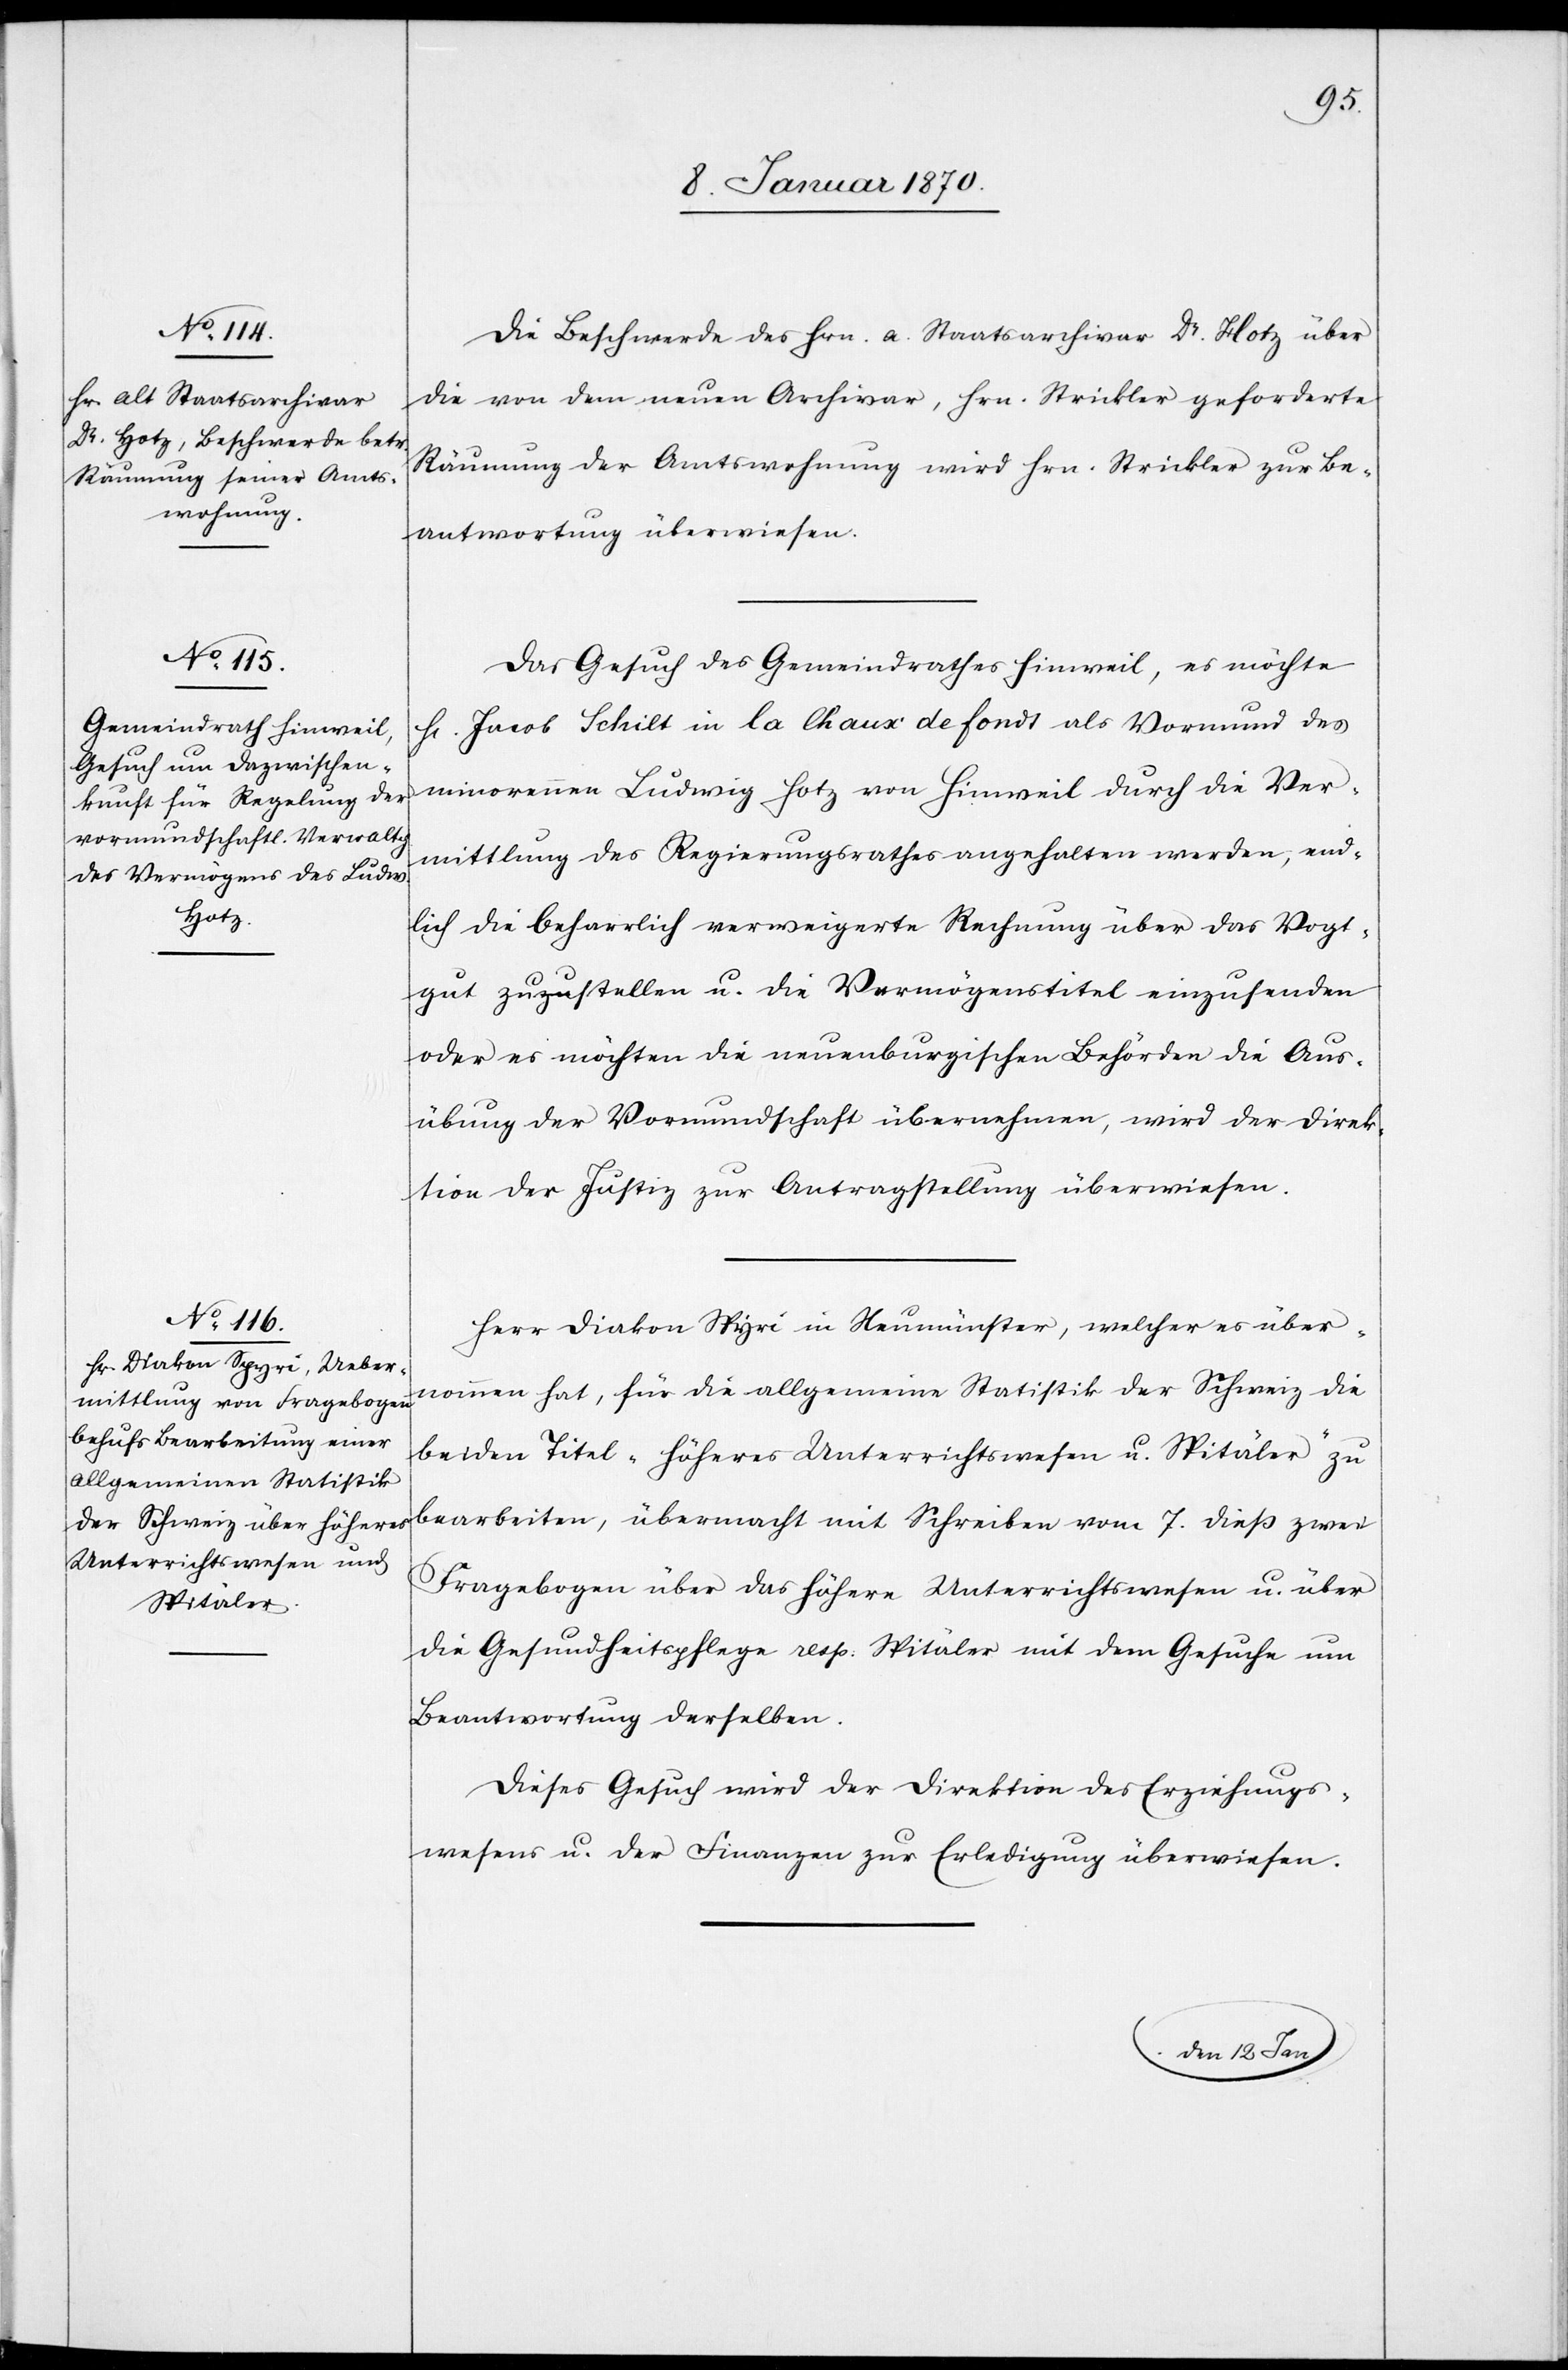
11. Januar 1870.]
Die Beschwerde des Hrn. a. Staatsarchivar Dr. Hotz über
die von dem neuen Archivar, Hrn. Strickler geforderte
Räumung der Amtswohnung wird Hrn. Strickler zur Be¬
antwortung überwiesen.
Das Gesuch des Gemeindrathes Hinweil, es möchte
H[errn] Jacob Schilt in La Chaux de fonds als Vormund des
minorennen Ludwig Hotz von Hinweil durch die Ver¬
mittlung des Regierungsrathes angehalten werden, end¬
lich die beharrlich verweigerte Rechnung über das Vogt¬
gut zuzustellen u. die Vermögenstitel einzusenden
oder es möchten die neuenburgischen Behörden die Aus¬
übung der Vormundschaft übernehmen, wird der Direk¬
tion der Justiz zur Antragstellung überwiesen.
Herr Diakon Spyri in Neumünster, welcher es über¬
nommen hat, für die allgemeine Statistik der Schweiz die
beiden Titel “Höheres Unterrichtswesen u. Spitäler“ zu
bearbeiten, übermacht mit Schreiben vom 7. dieß zwei
Fragebogen über das höhere Unterrichtswesen u. über
die Gesundheitspflege resp: Spitäler mit dem Gesuche um
Beantwortung derselben.
Dieses Gesuch wird der Direktion des Erziehungs¬
wesens u. der Finanzen zur Erledigung überwiesen.